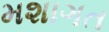
મશાગત